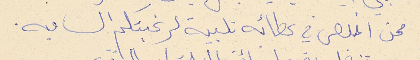
ممن اخلص في عطائه تلبية لرغبتكم الساميه.